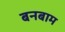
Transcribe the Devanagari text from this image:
बनबाम